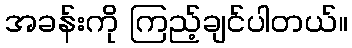
အခန်းကို ကြည့်ချင်ပါတယ်။